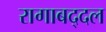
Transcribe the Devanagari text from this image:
रागाबद्दल